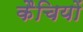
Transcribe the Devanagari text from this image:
कैचियों